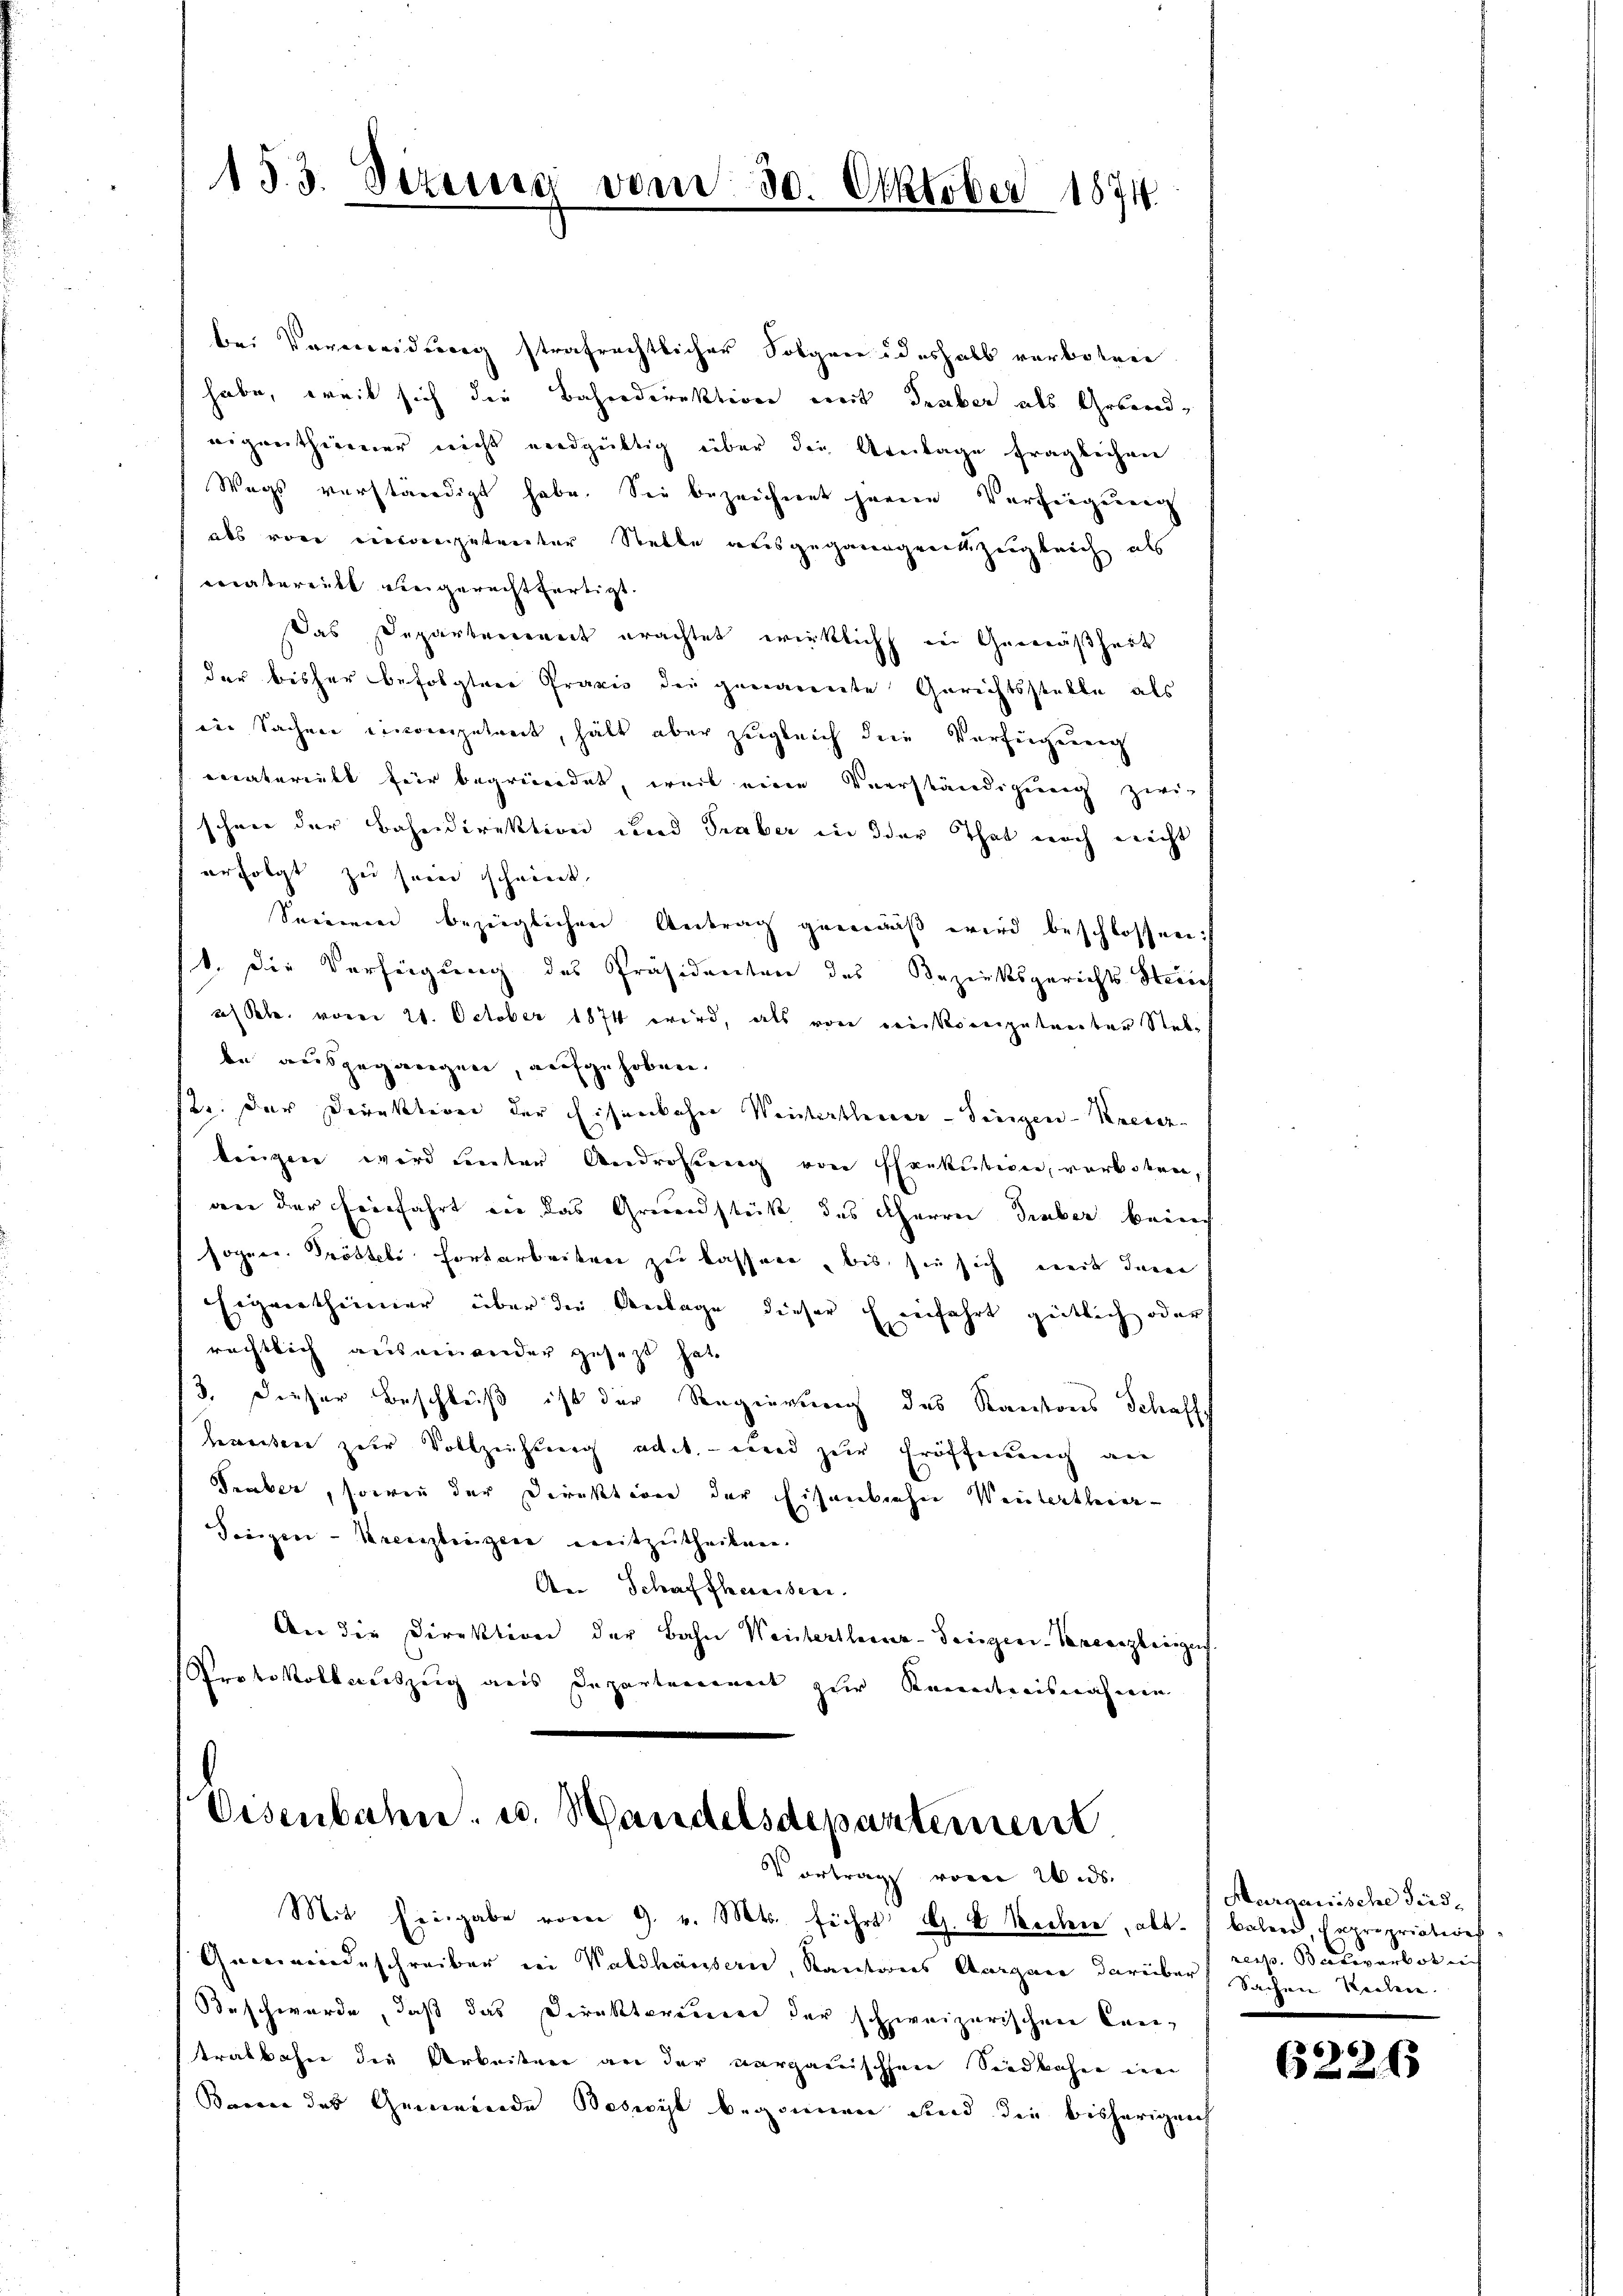
153. Sizung

vom 30. Oktober 1874.

bei Vermeidung strafrechtlicher Folgen deshalb verbetrie
habe, weil sich die Bahndirektione weit Deuber als Gebendeigenthümer nicht endgültig über der Greitage fraglichen
Wegs verständigt habe. Sie bezeichnet heren Verfeigung
als von vierangetreiter Stelle ausgegangerett zugleich als
vätereitt eingerechtfertigt.
as Departement erachtet wirklich in Gemäßheit
der bisher befolgtere Praxis die genarente Gerichtsstelle als
in Sachen eineingetreit, hält aber zugleich die Verfügung
materiell für begründet, weil eine Verständigung zwi-
schnee der Bahndirektion und Traber in der That noch nicht
erfolgt zu sein scheint,
Seremie bezeiglichen Antrag gemäß wird beschlossen.
1. Die Verfügung des Präsidenten des Bezirksgerichts Streich
as Seb. vom 21. October 1874 wird, als von deikoenigetreiter Stel
be ausgegangen, aufgehoben.
2. der Direktion der Eisenkoher Weistertheuer-Singen-Kresz
tingen wird unter Androhung von Pfrekution, verboten,
are der hierfahrt ein das Grundstück des Charrer Deuber berech
sogen. Pröstete Fortarbeiten zu lassere, bis sie sich weit deren
Eignertheimer über die Anlage dieser Einfahrt gütlich oder
rechtlich auseinander gesetzt hat.
/3. dieser Beschleiß ist der Regierung des Kantons Schaffe
anten zur Vollziehung an. – und zur Eröffnung an
Traber, sowie der Direktion der Eisenbiehen Verterthier¬
Siegen-Kreuzlingen mitzŭtheilen.
A Schaffhereisen.
An die Direktion der Bahn Weistertheuer-Seegen-Vercanzleigef
Protokollauszug aus Departenannt zur Kenntnisnahme

Eisenbahn u. Handelsdepartement
Vortrag von 2 ds.

Mit Eingabe vom 9. v. Mts. führt G. V. Rechen, alt. Baleen, Expropriation
Gemeindeschreiber in Waldhäusern, Kantons Aargau darüber Sachen Stecken.
Beschwerde, daß das Direktorenere der schweizerischen Cantralbahn die Arbeitner an der verganischen Siedkahne ein
Banne das Gemeinde Beseit begonnen und die bisherigen

Margauische Seide
resp. Badeverbot nich

62263